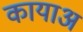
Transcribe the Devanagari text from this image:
कायाअ